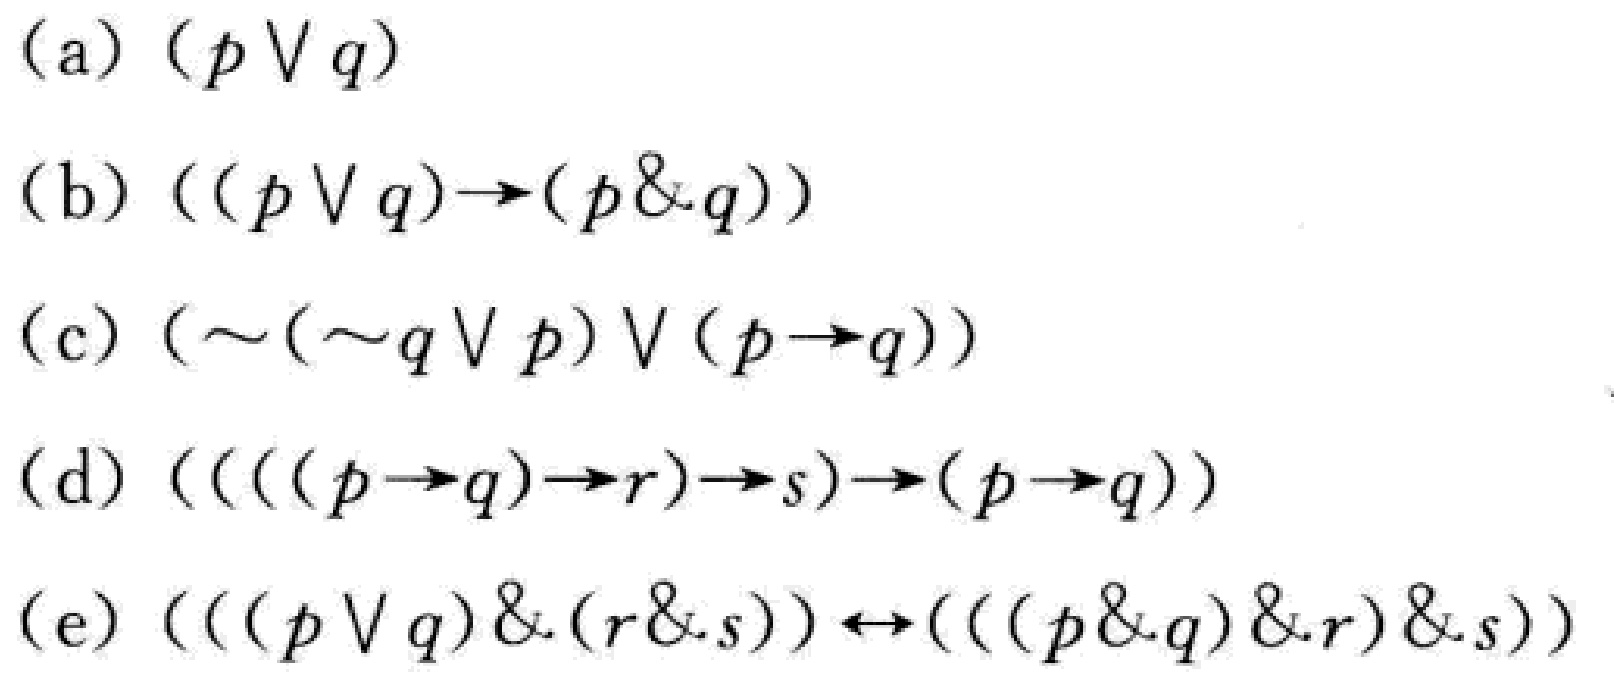
(a) \((p\vee q)\)
(b) \(((p\vee q)\to(p\& q))\)
(c) \((\sim(\sim q\vee p)\vee(p\to q))\)
(d) \(((((p\to q)\to r)\to s)\to(p\to q))\)
(e) \((((p\vee q)\&(r\& s))\leftrightarrow(( (p\& q)\& r)\& s))\)